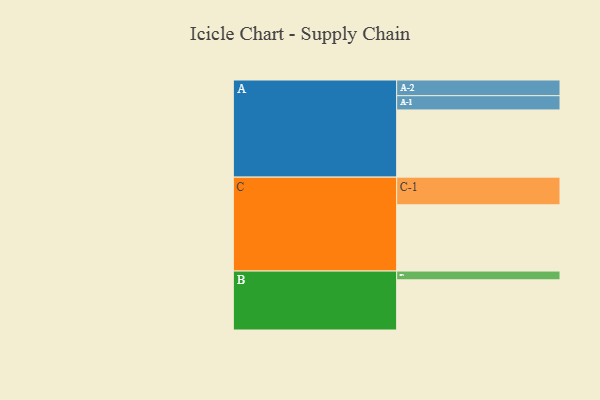
{"axis": {"x": "Segment", "y": "Value"}, "legend": ["", "A", "B", "C"], "data": [{"x": "A", "y": 505, "type": ""}, {"x": "B", "y": 377, "type": ""}, {"x": "C", "y": 498, "type": ""}, {"x": "A-1", "y": 107, "type": "A"}, {"x": "A-2", "y": 118, "type": "A"}, {"x": "B-1", "y": 66, "type": "B"}, {"x": "C-1", "y": 208, "type": "C"}]}